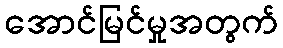
အောင်မြင်မှုအတွက်